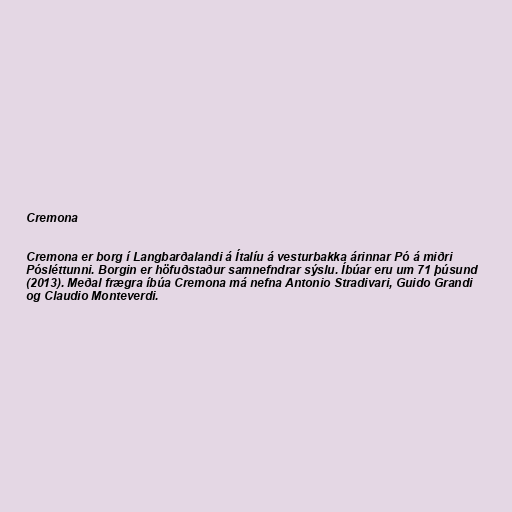
Cremona

Cremona er borg í Langbarðalandi á Ítalíu á vesturbakka árinnar Pó á miðri
Pósléttunni. Borgin er höfuðstaður samnefndrar sýslu. Íbúar eru um 71 þúsund
(2013). Meðal frægra íbúa Cremona má nefna Antonio Stradivari, Guido Grandi
og Claudio Monteverdi.